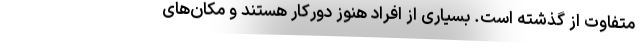
متفاوت از گذشته است. بسیاری از افراد هنوز دورکار هستند و مکان‌های